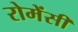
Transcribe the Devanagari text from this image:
रोमेंसी